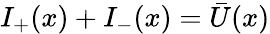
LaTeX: I_{+}(x)+I_{-}(x)=\bar{U}(x)